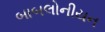
બાબલોનીયન